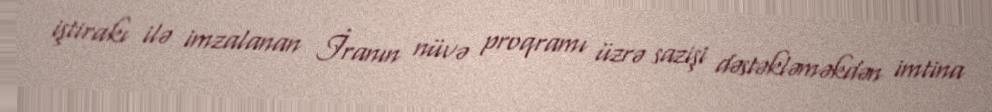
iştirakı ilə imzalanan İranın nüvə proqramı üzrə sazişi dəstəkləməkdən imtina